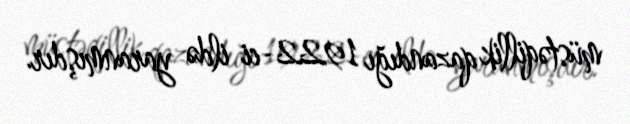
müstəqillik qazandığı 1922-ci ildə yaranmışdır.